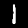
Digit: 1